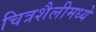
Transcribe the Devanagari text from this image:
चित्रशैलीमध्ये